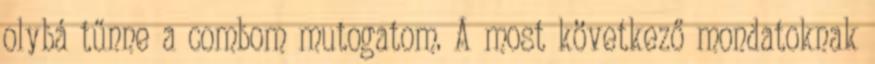
olybá tűnne a combom mutogatom. A most következő mondatoknak